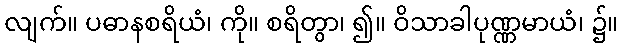
လျက်။ ပဓာနစရိယံ၊ ကို။ စရိတွာ၊ ၍။ ဝိသာခါပုဏ္ဏမာယံ၊ ၌။